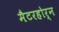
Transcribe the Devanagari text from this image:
मैटरहोर्न